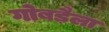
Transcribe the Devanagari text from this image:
गोबड़ैला